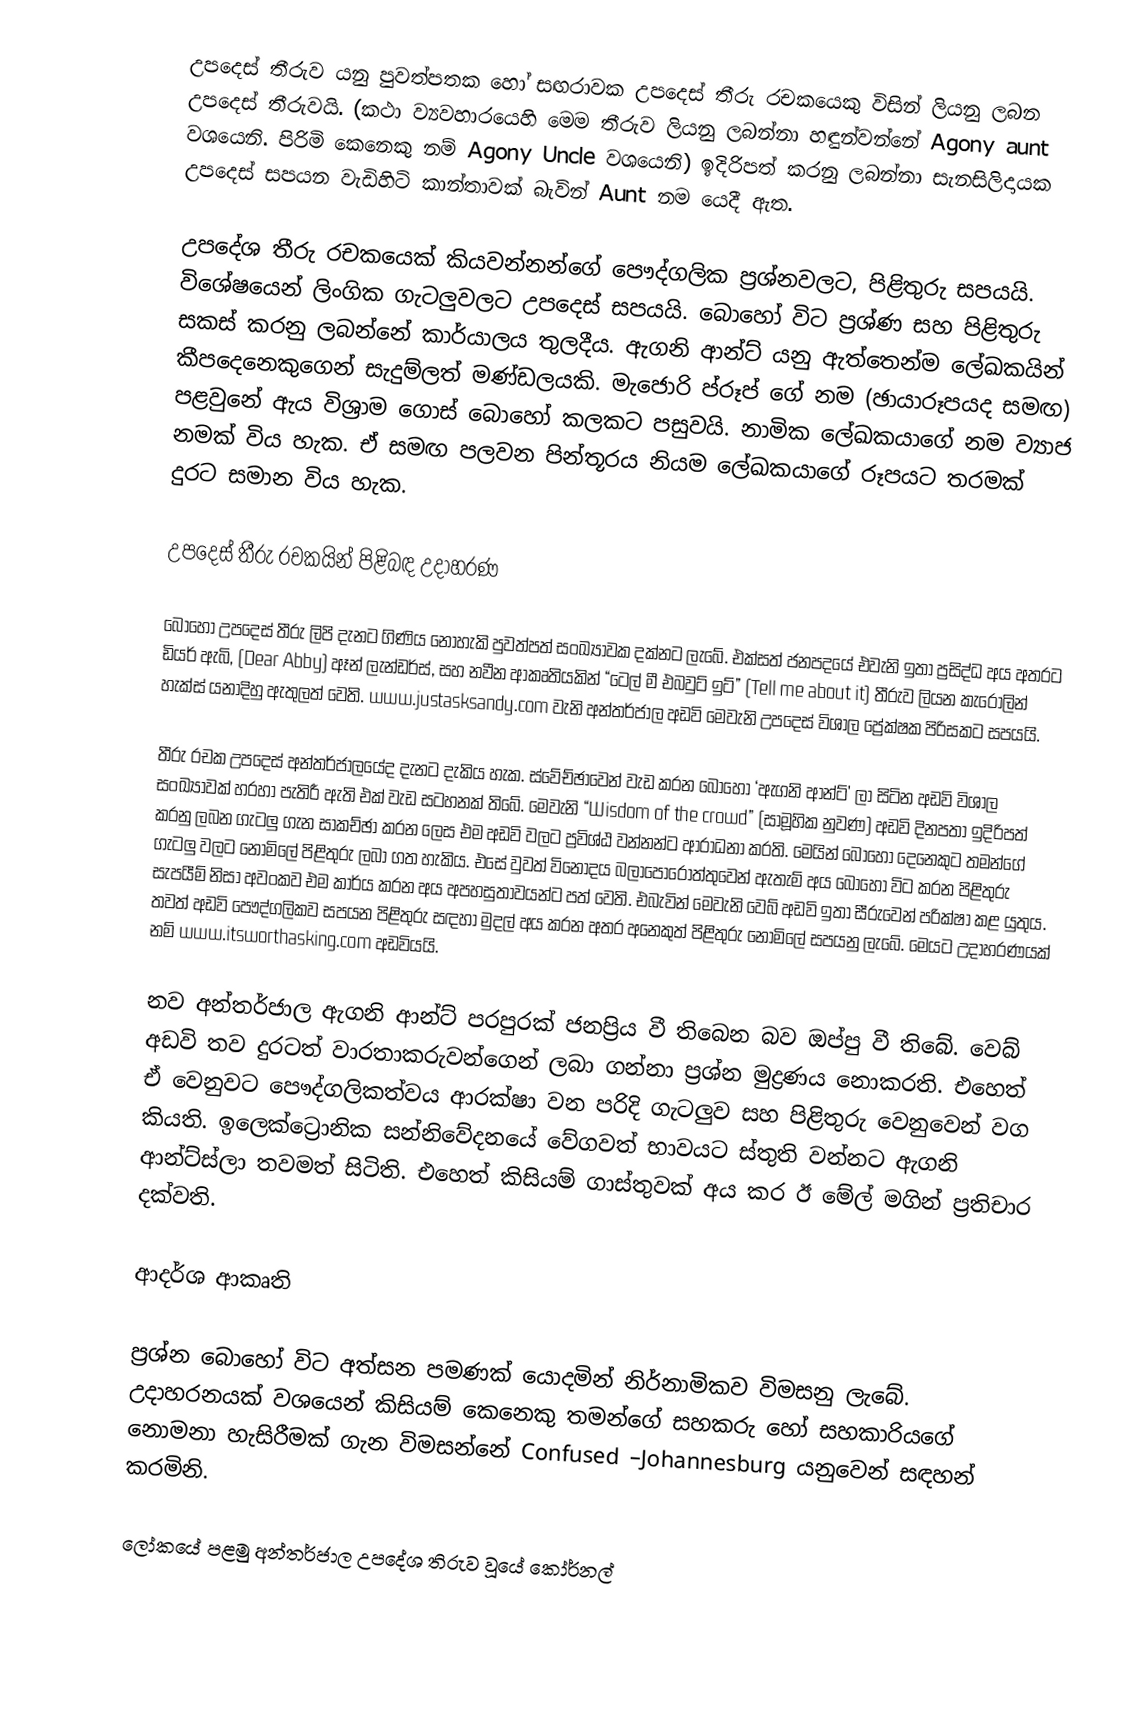
උපදෙස් තීරුව යනු පුවත්පතක හෝ සඟරාවක උපදෙස් තීරු රචකයෙකු විසින් ලියනු ලබන උපදෙස් තීරුවයි.  (කථා ව්‍යවහාරයෙහි මෙම තීරුව ලියනු ලබන්නා හඳුන්වන්නේ Agony aunt වශයෙනි. පිරිමි කෙනෙකු නම් Agony Uncle වශයෙනි) ඉදිරිපත් කරනු ලබන්නා සැනසිලිදායක උපදෙස් සපයන වැඩිහිටි කාන්තාවක් බැවින් Aunt නම යෙදී ඇත.

උපදේශ තීරු රචකයෙක් කියවන්නන්ගේ පෞද්ගලික ප්‍රශ්නවලට, පිළිතුරු සපයයි.  විශේෂයෙන් ලිංගික ගැටලුවලට උපදෙස් සපයයි.  බොහෝ විට ප්‍රශ්ණ සහ පිළිතුරු සකස් කරනු ලබන්නේ කාර්යාලය තුලදීය.  ඇගනි ආන්ට් යනු ඇත්තෙන්ම ලේඛකයින් කීපදෙනෙකුගෙන් සැදුම්ලත් මණ්ඩලයකි.  මැජොරි ප්රූප් ගේ නම (ඡායාරූපයද සමඟ) පළවුනේ ඇය විශ්‍රාම ගොස් බොහෝ කලකට පසුවයි.  නාමික ලේඛකයාගේ නම ව්‍යාජ නමක් විය හැක.  ඒ සමඟ පලවන පින්තූරය නියම ලේඛකයාගේ රූපයට තරමක් දුරට සමාන විය හැක.

උපදෙස් තීරු රචකයින් පිළිබඳ උදාහරණ

බොහෝ උපදෙස් තීරු ලිපි දැනට ගිණිය නොහැකි පුවත්පත් සංඛ්‍යාවක දක්නට ලැබේ.  එක්සත් ජනපදයේ එවැනි ඉතා ප්‍රසිද්ධ අය අතරට ඩියර් ඇබි, (Dear Abby) ඈන් ලැන්ඩර්ස්, සහ නවීන ආකෘතියකින් “ටෙල් මී එබවුට් ඉට්” (Tell me about it) තීරුව ලියන කැරොලින් හැක්ස් යනාදිහු ඇතුලත් වෙති. www.justasksandy.com වැනි අන්තර්ජාල අඩවි මෙවැනි උපදෙස් විශාල ප්‍රේක්ෂක පිරිසකට සපයයි.

තීරු රචක උපදෙස් අන්තර්ජාලයේද දැනට දැකිය හැක. ස්වේච්ඡාවෙන් වැඩ කරන බොහෝ ‘ඇගනි ආන්ට්’ ලා සිටින අඩවි විශාල සංඛ්‍යාවක් හරහා පැතිරී ඇති එක් වැඩ සටහනක් තිබේ. මෙවැනි “Wisdom of the crowd” (සාමූහික නුවණ) අඩවි දිනපතා ඉදිරිපත් කරනු ලබන ගැටලු ගැන සාකච්ඡා කරන ලෙස එම අඩවි වලට ප්‍රවිශ්ඨ වන්නන්ට ආරාධනා කරති. මෙයින් බොහෝ දෙනෙකුට තමන්ගේ ගැටලු වලට නොමිලේ පිළිතුරු ලබා ගත හැකිය. එසේ වුවත් විනෝදය බලාපොරොත්තුවෙන් ඇතැම් අය බොහෝ විට කරන පිළිතුරු සැපයීම් නිසා අවංකව එම කාර්ය කරන අය අපහසුතාවයන්ට පත් වෙති. එබැවින් මෙවැනි වෙබ් අඩවි ඉතා සීරුවෙන් පරික්ෂා කළ යුතුය. තවත් අඩවි පෞද්ගලිකව සපයන පිළිතුරු සඳහා මුදල් අය කරන අතර අනෙකුත් පිළිතුරු නොමිලේ සපයනු ලැබේ. මෙයට උදාහරණයක් නම් www.itsworthasking.com අඩවියයි.

නව අන්තර්ජාල ඇගනි ආන්ට් පරපුරක් ජනප්‍රිය වී තිබෙන බව ඔප්පු වී තිබේ. වෙබ් අඩවි තව දුරටත් වාරතාකරුවන්ගෙන් ලබා ගන්නා ප්‍රශ්න මුද්‍රණය නොකරති. එහෙත් ඒ වෙනුවට පෞද්ගලිකත්වය ආරක්ෂා වන පරිදි ගැටලුව සහ පිළිතුරු වෙනුවෙන් වග කියති. ඉලෙක්ට්‍රොනික සන්නිවේදනයේ වේගවත් භාවයට ස්තුති වන්නට ඇගනි ආන්ට්ස්ලා තවමත් සිටිති. එහෙත් කිසියම් ගාස්තුවක් අය කර ඊ මේල් මගින් ප්‍රතිචාර දක්වති.

ආදර්ශ ආකෘති

ප්‍රශ්න බොහෝ විට අත්සන පමණක් යොදමින් නිර්නාමිකව විමසනු ලැබේ. උදාහරනයක් වශයෙන් කිසියම් කෙනෙකු තමන්ගේ සහකරු හෝ සහකාරියගේ නොමනා හැසිරීමක් ගැන විමසන්නේ Confused –Johannesburg යනුවෙන් සඳහන් කරමිනි.

ලෝකයේ පළමු අන්තර්ජාල උපදේශ තිරුව වූයේ කෝර්නල්